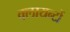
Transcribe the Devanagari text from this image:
क्लायन्टों